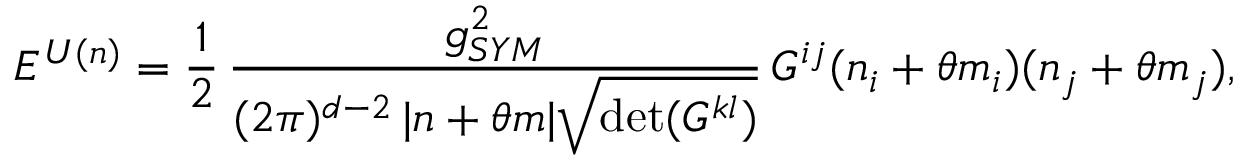
{ \cal E } ^ { U ( n ) } = \frac { 1 } { 2 } \, \frac { g _ { S Y M } ^ { 2 } } { ( 2 \pi ) ^ { d - 2 } \, | n + \theta m | \sqrt { \operatorname * { d e t } ( G ^ { k l } ) } } \, G ^ { i j } ( n _ { i } + \theta m _ { i } ) ( n _ { j } + \theta m _ { j } ) ,